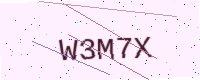
Text: W3M7X